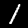
Digit: 1